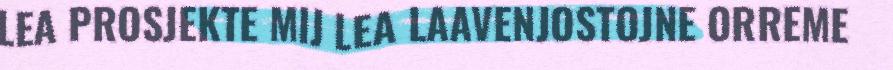
LEA PROSJEKTE MIJ LEA LAAVENJOSTOJNE ORREME